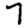
Digit: 7